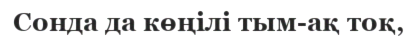
Сонда да көңілі тым-ақ тоқ,